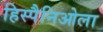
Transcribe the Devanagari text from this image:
हिस्पैनिओला